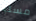
مسليا